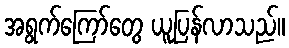
အရွက်ကြော်တွေ ယူပြန်လာသည်။